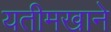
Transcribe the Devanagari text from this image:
यतीमखाने